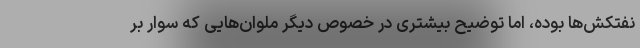
نفتکش‌ها بوده، اما توضیح بیشتری در خصوص دیگر ملوان‌هایی که سوار بر